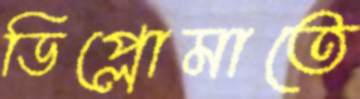
ডিপ্লোমাতে